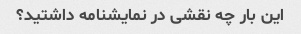
این بار چه نقشی در نمایشنامه داشتید؟